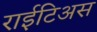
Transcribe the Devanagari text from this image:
राईटिअस